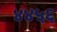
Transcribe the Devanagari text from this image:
४४५६